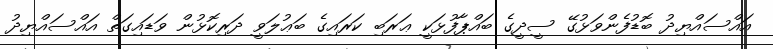
އައްސައްޔިދު ބޮޑުފެންވަޅުގޭ ސީދީގެ ބައްޕާފުޅަކީ ޢަރަބި ކަރައިގެ ބަޢުލަވީ ދަރިކޮޅުން ވަޑައިގަތް އައްސައްޔިދު